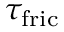
\tau _ { \mathrm { f r i c } }